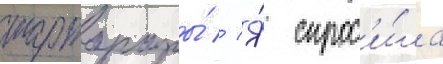
тартарары́ // Я́ спрос'и́ла